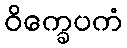
ဝိက္ခေပကံ